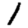
Digit: 1